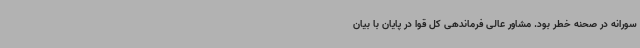
سورانه در صحنه خطر بود. مشاور عالی فرماندهی کل قوا در پایان با بیان